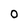
Character: 0